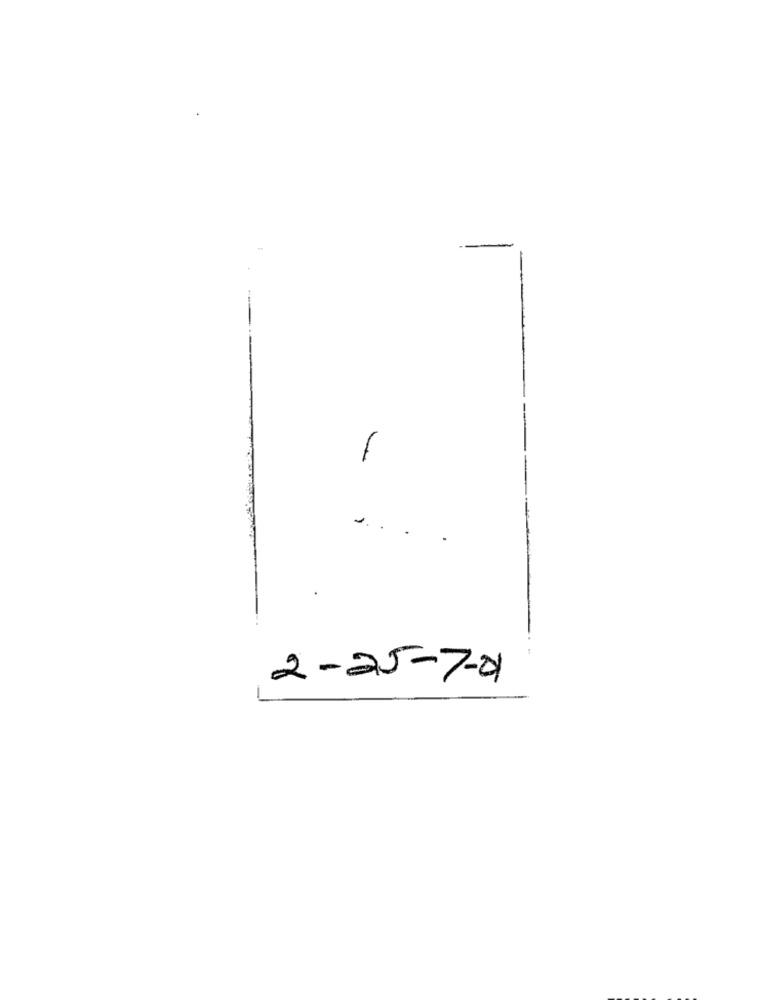
-
2-25-7-01